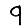
Digit: 9